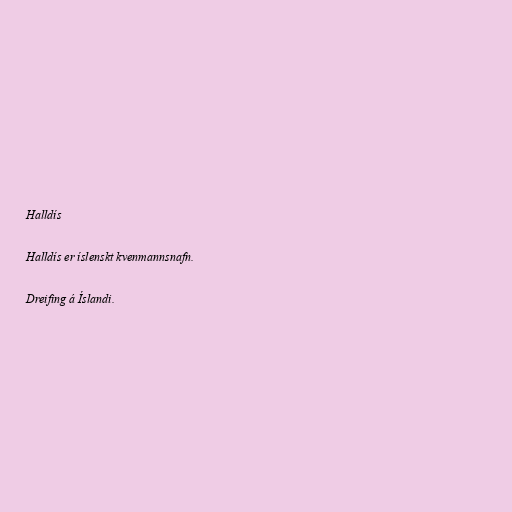
Halldís

Halldís er íslenskt kvenmannsnafn.

Dreifing á Íslandi.